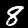
Digit: 8